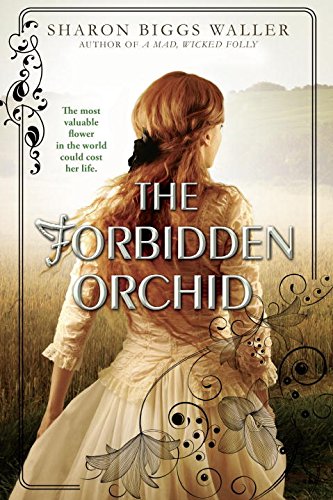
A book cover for The Forbidden Orchid; Sharon Biggs Waller; Teen & Young Adult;